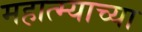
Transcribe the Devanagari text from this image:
महात्म्याच्या